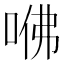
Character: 𠲽